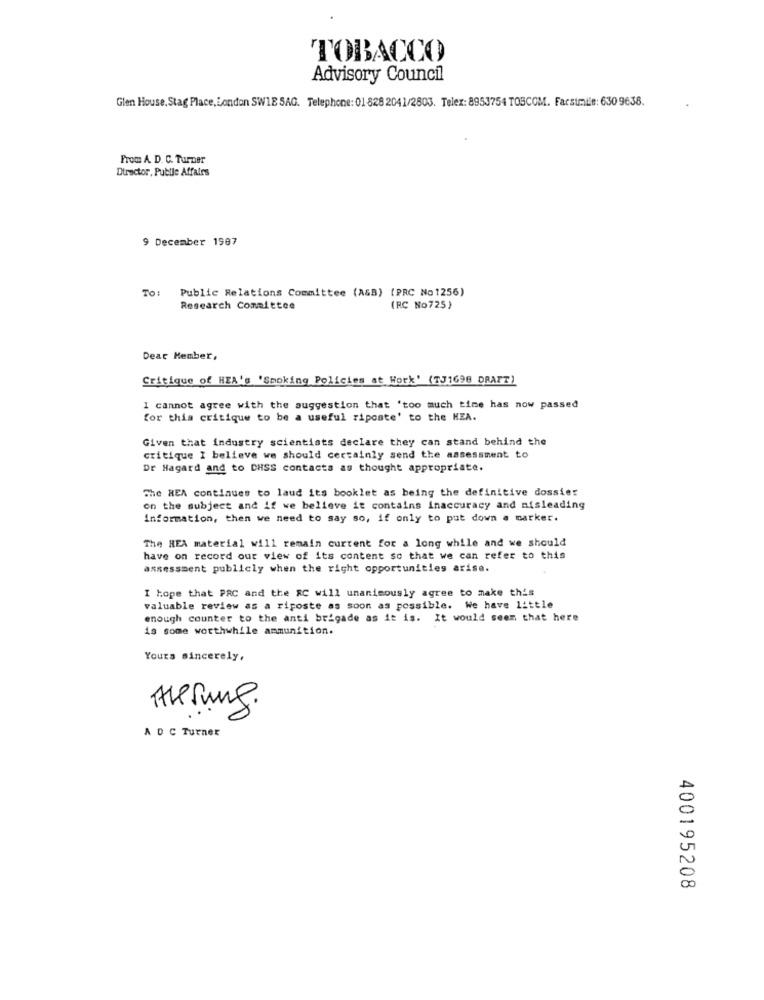
TOBACCO
Advisory Council
Glen House, Stag Place, London SW18 SAG. Telephone: 01 828 2041/2803. Telex: 8953754 TOBCOM. Facsimile: 630 9638.
From A. D. C. Turner
Director, Public Affairs
9 December 1987
TO:
Public Relations Committee (A&B) (PRC No1256)
Research Committee
(RC No725)
Dear Member,
Critique of HEA's 'Smoking Policies at Work' (TJ1698 DRAFT)
I cannot agree with the suggestion that 'too much time has now passed
for this critique to be a useful riposte' to the HEA.
Given that industry scientists declare they can stand behind the
critique I believe we should certainly send the assessment to
Dr Hagard and to DHSS contacts as thought appropriate.
The HEA continues to laud its booklet as being the definitive dossier
on the subject and if we believe it contains inaccuracy and misleading
Information, then we need to say so, if only to put down a marker.
The HEA material will remain current for a long while and we should
have on record our view of its content so that we can refer to this
assessment publicly when the right opportunities arise.
I hope that PAC and the RC will unanimously agree to make this
valuable review as a riposte as soon as possible. We have little
enough counter to the anti brigade as it is. It would seem that here
is some worthwhile ammunition.
Yours sincerely,
Herung.
A DC Turner
400195208